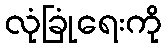
လုံခြုံရေးကို